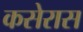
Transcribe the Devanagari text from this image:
कसेरास